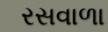
રસવાળા